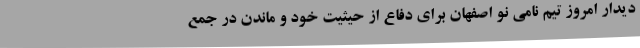
دیدار امروز تیم نامی نو اصفهان برای دفاع از حیثیت خود و ماندن در جمع